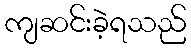
ကျဆင်းခဲ့ရသည်